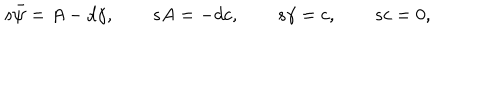
s { \bar { \psi } } = A - d { \gamma } , \quad \quad s A = - d c , \quad \quad s \gamma = c , \quad \quad s c = 0 ,